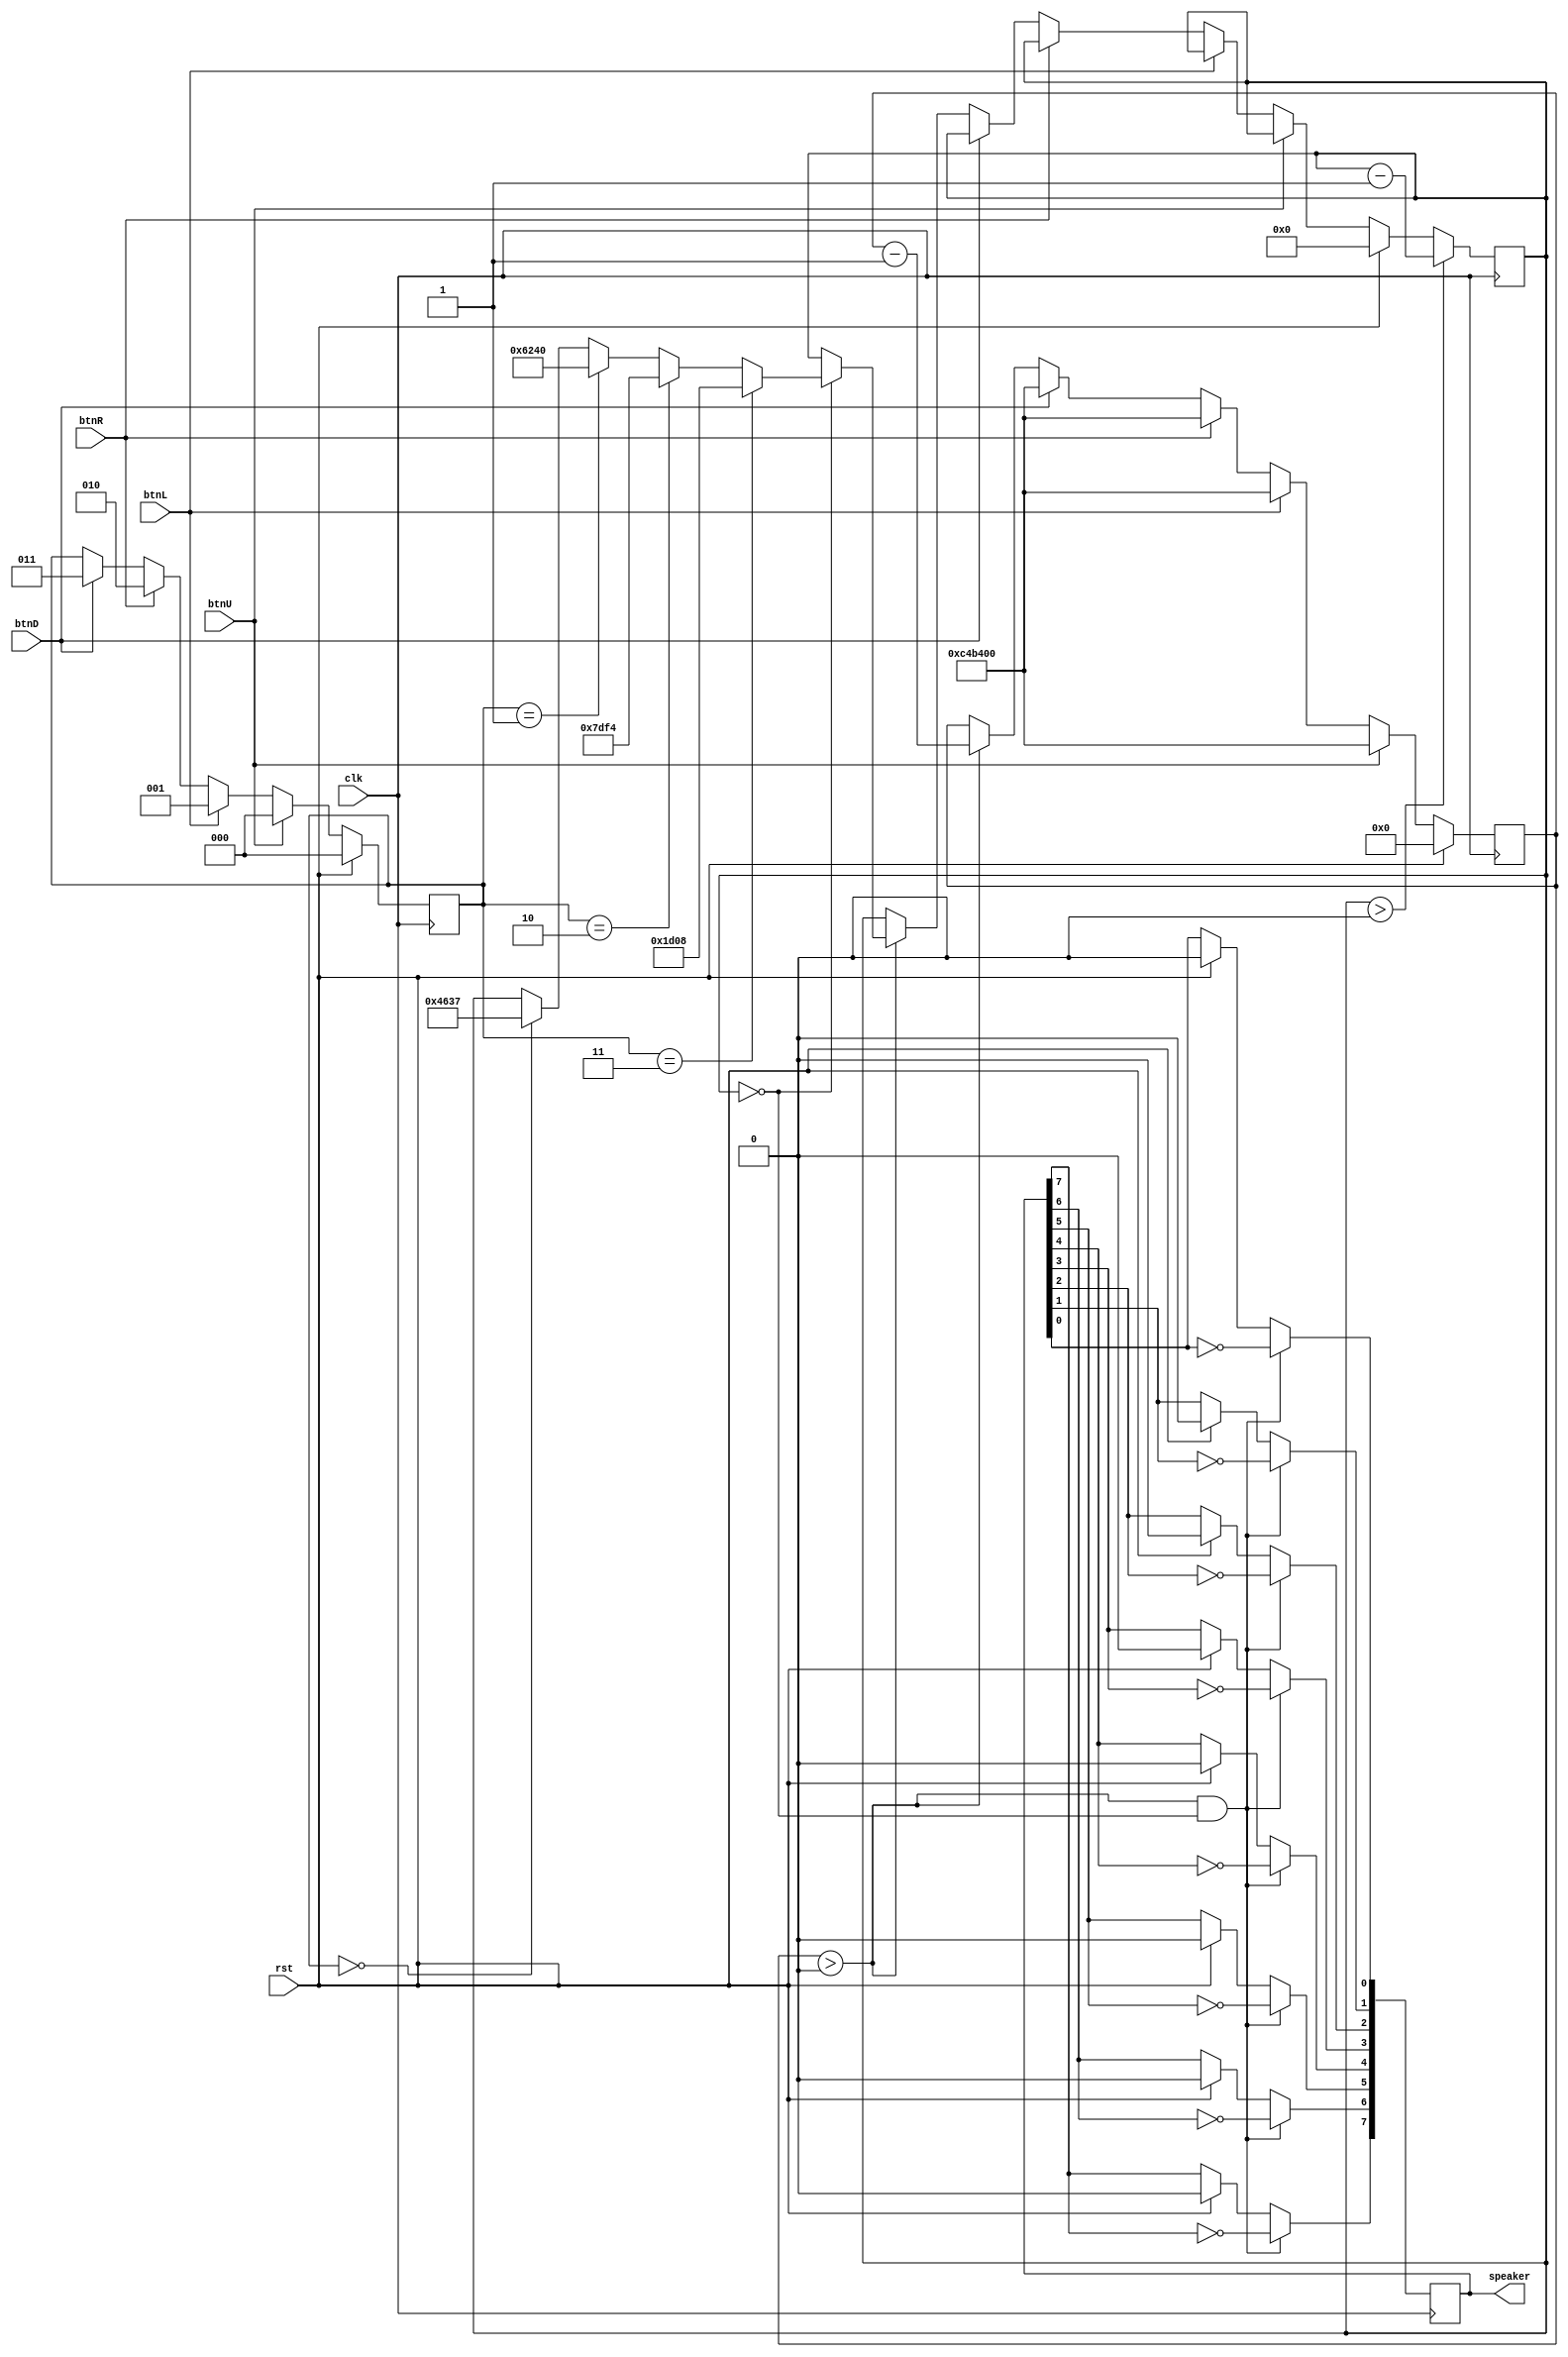
//module sound(clk, rst, speaker/*, note*/);
/*
input clk;
input rst;

output reg [7:0] speaker;

reg [23:0]count;
wire clock_div;
reg [23:0] cnt;

//Clock division 50Mhz input => output 25Mhz
always @(posedge clk) begin
    count <= count+1;
end
assign clock_div = count[0];

integer note_count;
reg [2:0] note;
always @(posedge clk) begin
    if (rst) begin
        note_count <= 0;
        note <= 'b0;
    end
    if (note_count == 0) begin
        note_count <= 50000000;
        note <= note + 1;
		  if (note == 'b110)
		      note <= 'b0;
    end
    else note_count <= note_count - 1;
end
reg [14:0] counter;
always @(posedge clk) begin
    if(counter==0) begin
        case (note)
            'b000:
				    counter <= 123456;
            'b001:
				    counter <= 116279;
            'b010:
				    counter <= 130548;
            'b011:
				    counter <= 123456;
            'b100:
                counter <= 116279;
            'b101:
                counter <= 130548;
            'b110:
                counter <= 123456;
			   'b111:
				    counter <= 138504;
			endcase
    end
    else counter <= counter - 1;
end
always @(posedge clk) begin
    if (rst)
        speaker[7:0] <= 'b0;
    if(counter==0) begin 
	    speaker[7] <= ~speaker[7];
		speaker[6] <= ~speaker[6];
		speaker[5] <= ~speaker[5];
		speaker[4] <= ~speaker[4];
		speaker[3] <= ~speaker[3];
		speaker[2] <= ~speaker[2];
		speaker[1] <= ~speaker[1];
		speaker[0] <= ~speaker[0];
 
	 end
end 
*/
//always @(posedge clk) begin
module sound(clk, rst, speaker, btnU, btnL, btnR, btnD);

input clk;
input rst;
input btnU;
input btnL;
input btnR;
input btnD;

//reg [2:0] note;
output reg [7:0] speaker;

reg [23:0]count;
wire clock_div;
reg [23:0] cnt;
reg [2:0] note;

//Clock division 50Mhz input => output 25Mhz
always @(posedge clk) begin
    count <= count+1;
end
assign clock_div = count[0];

reg [23:0] note_count;
reg [14:0] counter;
always @(posedge clk) begin
    if (rst) begin
        note_count <= 0;
        counter <= 0;
		  note <= 0;
    end
    else if (btnU) begin
        note <= 'b000;
        note_count <= 80000000;
    end
    else if (btnL) begin
        note <= 'b001;
        note_count <= 80000000;
    end
    else if (btnR) begin
        note <= 'b010;
        note_count <= 80000000;
    end
    else if (btnD) begin
        note <= 'b011;
        note_count <= 80000000;
    end
    else if (note_count > 0) begin
        note_count <= note_count - 1;
        if(counter==0) begin
            if(note=='b000)
                counter <= 116279;
            if(note=='b001)
                counter <= 123456;
            if(note=='b010)
                counter <= 130548;
            if(note=='b011)
                counter <= 138504; 
        end
    end
    if (counter > 0)
        counter <= counter - 1;
end

always @(posedge clk) begin
    if (rst)
        speaker[7:0] <= 'b0;
    if(note_count > 0 && counter==0) begin 
	    speaker[7] <= ~speaker[7];
		speaker[6] <= ~speaker[6];
		speaker[5] <= ~speaker[5];
		speaker[4] <= ~speaker[4];
		speaker[3] <= ~speaker[3];
		speaker[2] <= ~speaker[2];
		speaker[1] <= ~speaker[1];
		speaker[0] <= ~speaker[0];
 
	 end
end 
/*
//Siren
parameter clkdivider = 25000000/440/2;

reg [23:0] tone;
always @(posedge clock_div) 
    tone <= tone+1;


reg [14:0] counter;
always @(posedge clock_div) 
    if(counter==0) begin
	     counter <= (tone[23] ? clkdivider-1 : clkdivider/2-1);
    else counter <= counter-1;


always @(posedge clock_div) begin
    if (rst)
	     speaker[7:0] <= 'b0;
    if(counter==0) begin 
	        speaker[7] <= ~speaker[7];
			speaker[6] <= ~speaker[6];
			speaker[5] <= ~speaker[5];
			speaker[4] <= ~speaker[4];
			speaker[3] <= ~speaker[3];
			speaker[2] <= ~speaker[2];
			speaker[1] <= ~speaker[1];
			speaker[0] <= ~speaker[0];
	 end
end

end*/
endmodule